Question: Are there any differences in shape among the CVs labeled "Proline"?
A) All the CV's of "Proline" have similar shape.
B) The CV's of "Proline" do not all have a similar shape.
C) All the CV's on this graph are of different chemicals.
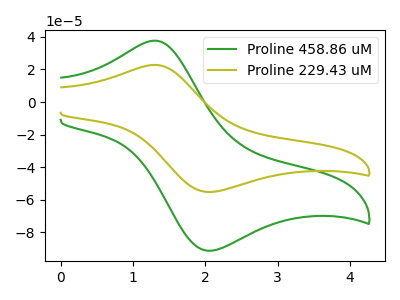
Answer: <think>The green curve "Proline 458.86 uM" has an anodic peak at (1.30V, 37.65uA) and a cathodic peak at (2.00V, -91.15uA). The olive curve "Proline 229.43 uM" has an anodic peak at (1.30V, 22.75uA) and a cathodic peak at (2.00V, -55.10uA).
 All the peaks in "Proline 458.86 uM" have a peak in "Proline 229.43 uM" at the same potential. Every peak in "Proline 458.86 uM" is higher than every peak in "Proline 229.43 uM".</think>
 <answer>A) All the CV's of "Proline" have similar shape.</answer>
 <eval>A</eval>